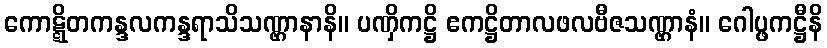
ကောဋ္ဋိတကန္ဒလကန္ဒရာသိသဏ္ဌာနာနိ။ ပဏှိကဋ္ဌိ ဧကဋ္ဌိတာလဖလဗီဇသဏ္ဌာနံ။ ဂေါပ္ဖကဋ္ဌီနိ